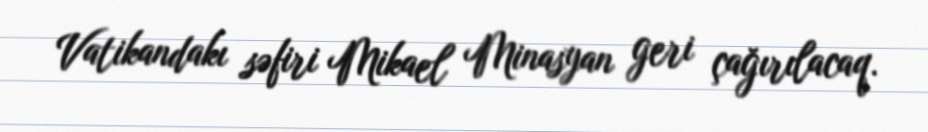
Vatikandakı səfiri Mikael Minasyan geri çağırılacaq.